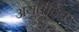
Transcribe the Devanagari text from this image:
अयुर्वेदिक